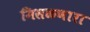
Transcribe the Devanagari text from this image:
मिसळणारा